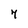
Character: 7